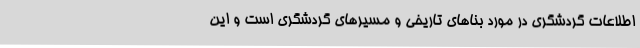
اطلاعات گردشگری در مورد بناهای تاریخی و مسیرهای گردشگری است و این